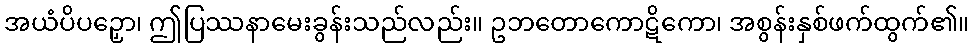
အယံပိပဉှော၊ ဤပြဿနာမေးခွန်းသည်လည်း။ ဥဘတောကောဋိကော၊ အစွန်းနှစ်ဖက်ထွက်၏။